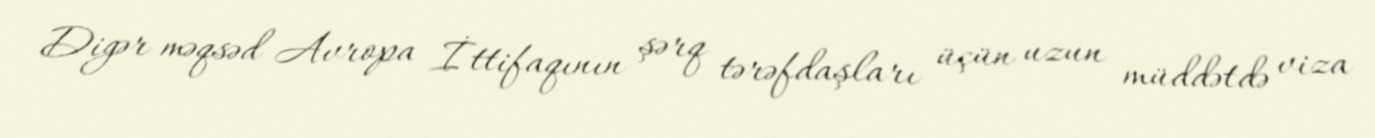
Digər məqsəd Avropa İttifaqının şərq tərəfdaşları üçün uzun müddətdə viza